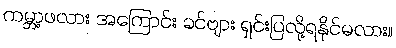
ကမ္ဘာ့ဖလား အကြောင်း ခင်ဗျား ရှင်းပြလို့ရနိုင်မလား။